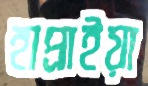
হাপ্‌রাইয়া